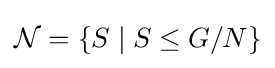
{\mathcal {N}}=\{S\mid S\leq G/N\}